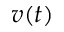
v ( t )